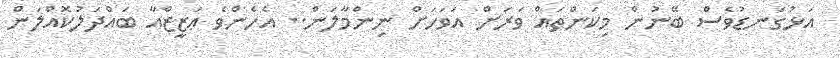
އަޅުގަނޑުވެސް ބޭނުން މިކަންތައް ވަރަށް އަވަހަށް ނިންމާލަން.. އެހެންވެ ޢަޒީޒްއާ ބައްދަލުކޮއްލަން